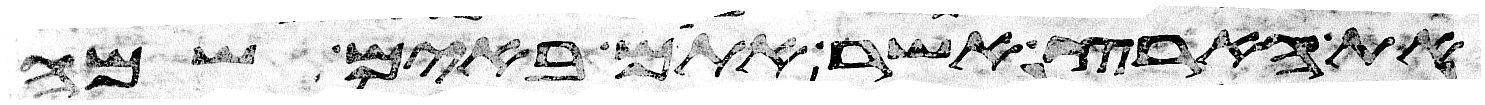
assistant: את הארץ אשר אתם באים שמה